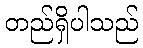
တည်ရှိပါသည်